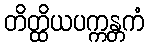
တိတ္ထိယပက္ကန္တကံ